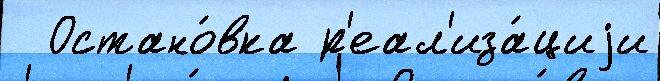
  Остано́вка р'еал'иза́циjи